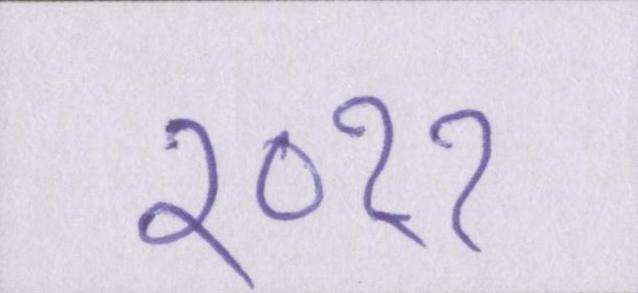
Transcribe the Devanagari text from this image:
२०११